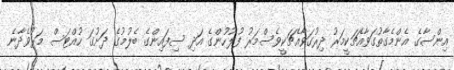
އިންސާގެ އެންމެގާތުގަވާއެޗަކީމަރު ދިރުގަވާއެޗަކީވެސްމަރު ފުލުހުންގެ އަދި ސިފައިންގެ ބެލުމުގެ ދަށުގަ ހުއްޓަސް މަރުވެދާނެ